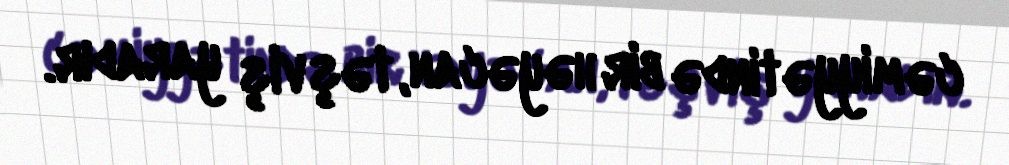
cəmiyyətində bir həyəcan, təşviş yaradır.